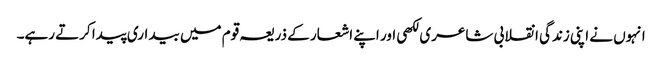
انہوں نے اپنی زندگی انقلابی شاعری لکھی اور اپنے اشعار کے ذریعہ قوم میں بیداری پیدا کرتے رہے۔